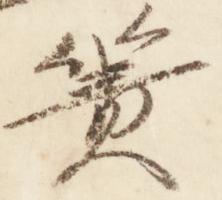
簀